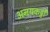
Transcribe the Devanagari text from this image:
अनयकट्टी